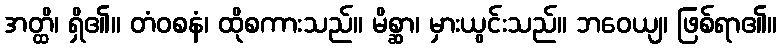
အတ္ထိ၊ ရှိ၏။ တံဝစနံ၊ ထိုစကားသည်။ မိစ္ဆာ၊ မှားယွင်းသည်။ ဘဝေယျ၊ ဖြစ်ရာ၏။